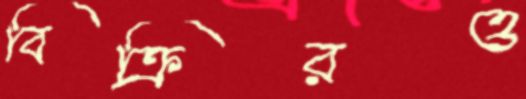
বিক্রিরও